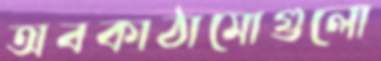
অবকাঠামোগুলো